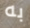
به